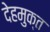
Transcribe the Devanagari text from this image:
देहमुक्त